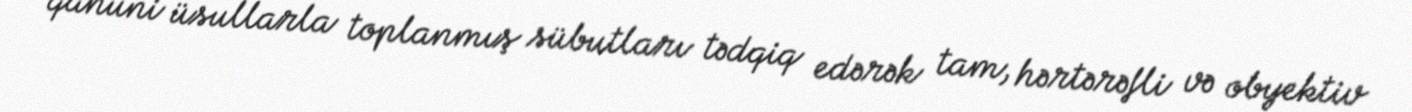
qanuni üsullarla toplanmış sübutları tədqiq edərək tam, hərtərəfli və obyektiv